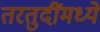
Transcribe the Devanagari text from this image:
तरतुदींमध्ये